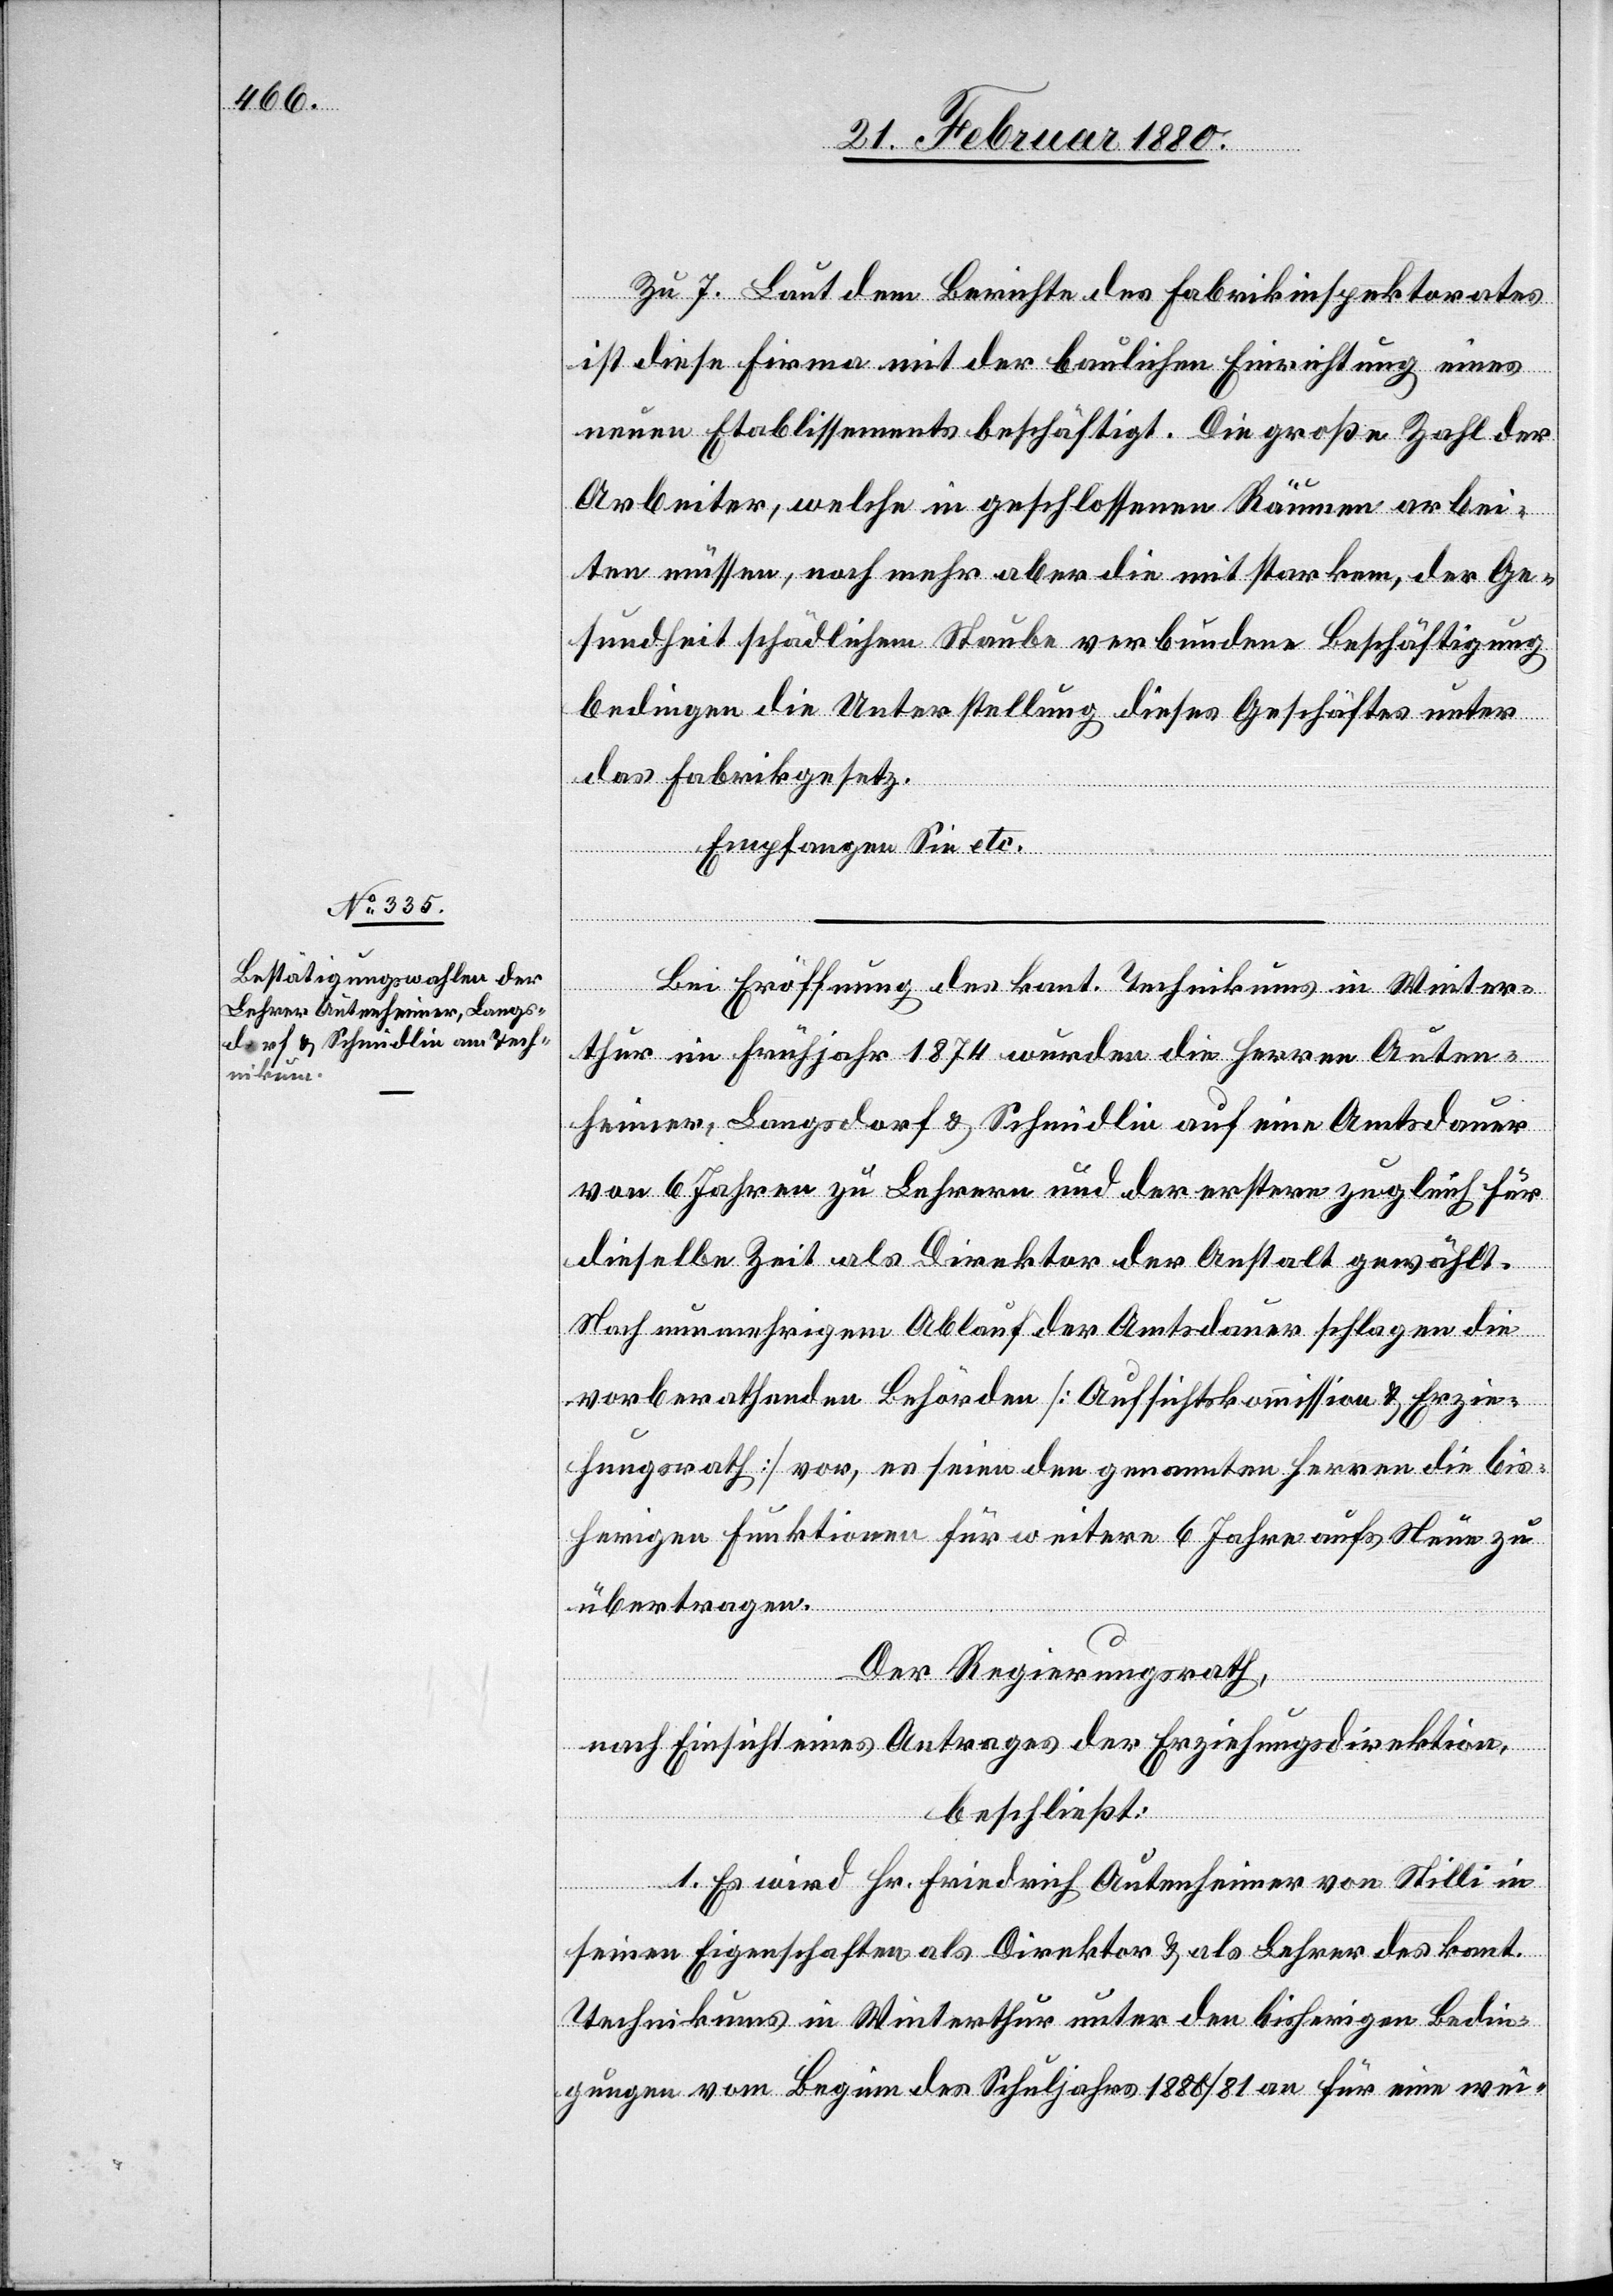
Zu 7. Laut dem Berichte des Fabrikinspektorates
ist diese Firma mit der baulichen Einrichtung eines
neuen Etablissements beschäftigt. Die große Zahl der
Arbeiter, welche in geschlossenen Räumen arbei¬
ten müssen, noch mehr aber die mit starkem, der Ge¬
sundheit schädlichen Staube verbundene Beschäftigung
bedingen die Unterstellung dieses Geschäftes unter
das Fabrikgesetz.
Empfangen Sie etc.
Bei Eröffnung des kant. Technikums in Winter¬
thur im Frühjahr 1874 wurden die Herren Auten¬
heimer, Langsdorf & Schmidlin auf eine Amtsdauer
von 6 Jahren zu Lehrern und der erstere zugleich für
dieselbe Zeit als Direktor der Anstalt gewählt.
Nach nunmehrigem Ablauf der Amtsdauer schlagen die
vorberathenden Behörden [Aufsichtskommission & Erzie¬
hungsrath]vor, es seien den genannten Herren die bis¬
herigen Funktionen für weitere 6 Jahre aufs Neue zu
übertragen.
Der Regierungsrath,
nach Einsicht eines Antrages der Erziehungsdirektion,
beschließt:
1. Es wird Hr. Friedrich Autenheimer von Stilli in
seinen Eigenschaften als Direktor & als Lehrer des kant.
Technikums in Winterthur unter den bisherigen Bedin¬
gungen vom Beginn des Schuljahrs 1880/81 an für eine wei-